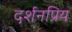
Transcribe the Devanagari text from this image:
दर्शनप्रिय